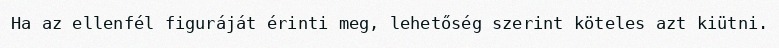
Ha az ellenfél figuráját érinti meg, lehetőség szerint köteles azt kiütni.